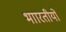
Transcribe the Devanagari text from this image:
भाारतीयों